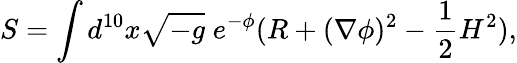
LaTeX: S=\int d^{10}x\sqrt{-g}\; e^{-\phi}(R+(\nabla\phi)^{2}-\frac{1}{2}H^{2}),